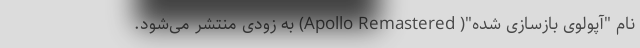
نام "آپولوی بازسازی شده"( Apollo Remastered) به زودی منتشر می‌شود.